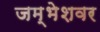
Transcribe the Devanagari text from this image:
जम्भेशवर